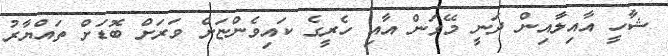
ޝާހީ އާއިލާއިން ދަނީ މޭގަން އާއި ހެރީގެ ކައިވެންޏަށް ވަރަށް ބޮޑަށް ތައްޔާރު